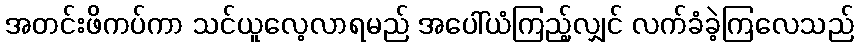
အတင်းဖိကပ်ကာ သင်ယူလေ့လာရမည် အပေါ်ယံကြည့်လျှင် လက်ခံခဲ့ကြလေသည်